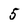
Character: 5